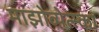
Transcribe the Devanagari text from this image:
माझोव्येत्स्का